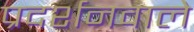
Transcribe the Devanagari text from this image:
प्रदर्शनवाले